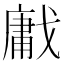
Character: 𢧳